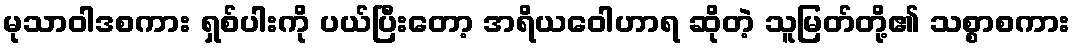
မုသာဝါဒစကား ရှစ်ပါးကို ပယ်ပြီးတော့ အရိယဝေါဟာရ ဆိုတဲ့ သူမြတ်တို့၏ သစ္စာစကား